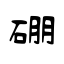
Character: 硼